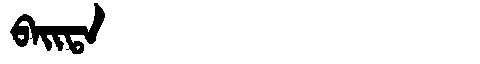
Manchu: ᠪᠠᡳᡨᠠ
Romanization: BAITA